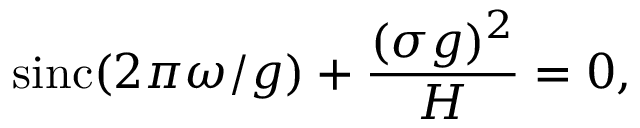
\operatorname { s i n c } ( 2 \pi \omega / g ) + \frac { ( \sigma g ) ^ { 2 } } { H } = 0 ,